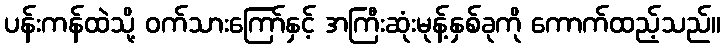
ပန်းကန်ထဲသို့ ဝက်သားကြော်နှင့် အကြီးဆုံးမုန့်နှစ်ခုကို ကောက်ထည့်သည်။